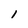
Character: 1